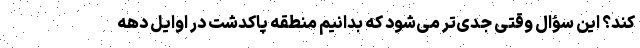
کند؟ این سؤال وقتی جدی‌تر می‌شود که بدانیم منطقه پاکدشت در اوایل دهه